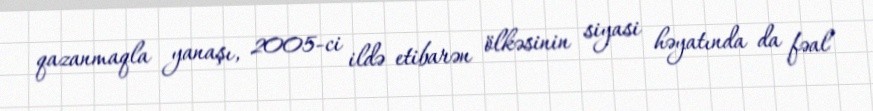
qazanmaqla yanaşı, 2005-ci ildə etibarən ölkəsinin siyasi həyatında da fəal